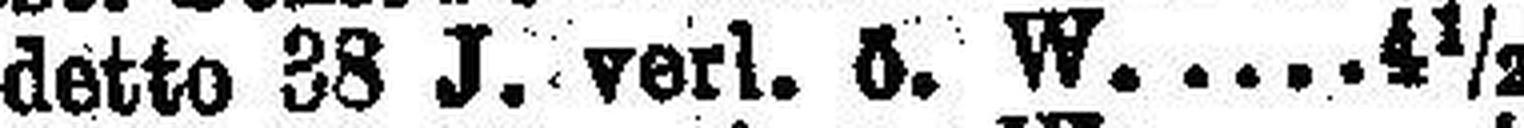
detto 38 J. verl. ö. W. 4½